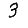
Digit: 3